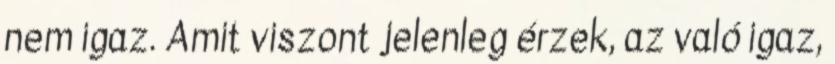
nem igaz. Amit viszont jelenleg érzek, az való igaz,